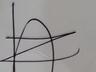
Signature authenticity: genuine